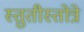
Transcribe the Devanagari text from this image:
स्तुतीस्तोत्रे